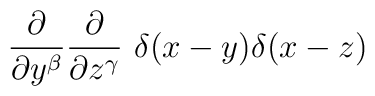
{\partial \over \partial y^\beta} {\partial \over \partial z^\gamma} \ \delta(x-y) \delta(x-z)